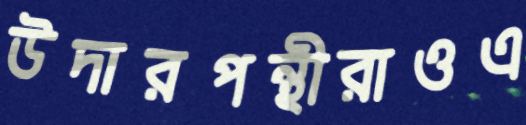
উদারপন্থীরাওএ